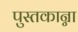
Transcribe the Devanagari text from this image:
पुस्तकान्ना